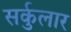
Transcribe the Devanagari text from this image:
सर्कुलार